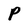
Character: P